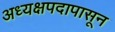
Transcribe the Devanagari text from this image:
अध्यक्षपदापासून